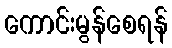
ကောင်းမွန်စေရန်